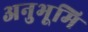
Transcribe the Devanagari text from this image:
अनुभूमि